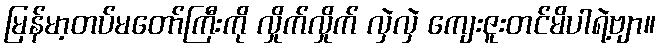
မြန်မာ့တပ်မတော်ကြီးကို လှိုက်လှိုက် လှဲလှဲ ကျေးဇူးတင်မိပါရဲ့ဗျာ။